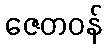
ဇေတဝန်